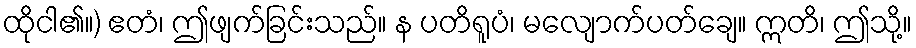
ထိုငါ၏။) ဧတံ၊ ဤဖျက်ခြင်းသည်။ န ပတိရူပံ၊ မလျောက်ပတ်ချေ။ ဣတိ၊ ဤသို့။